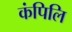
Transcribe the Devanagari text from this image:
कंपिलि